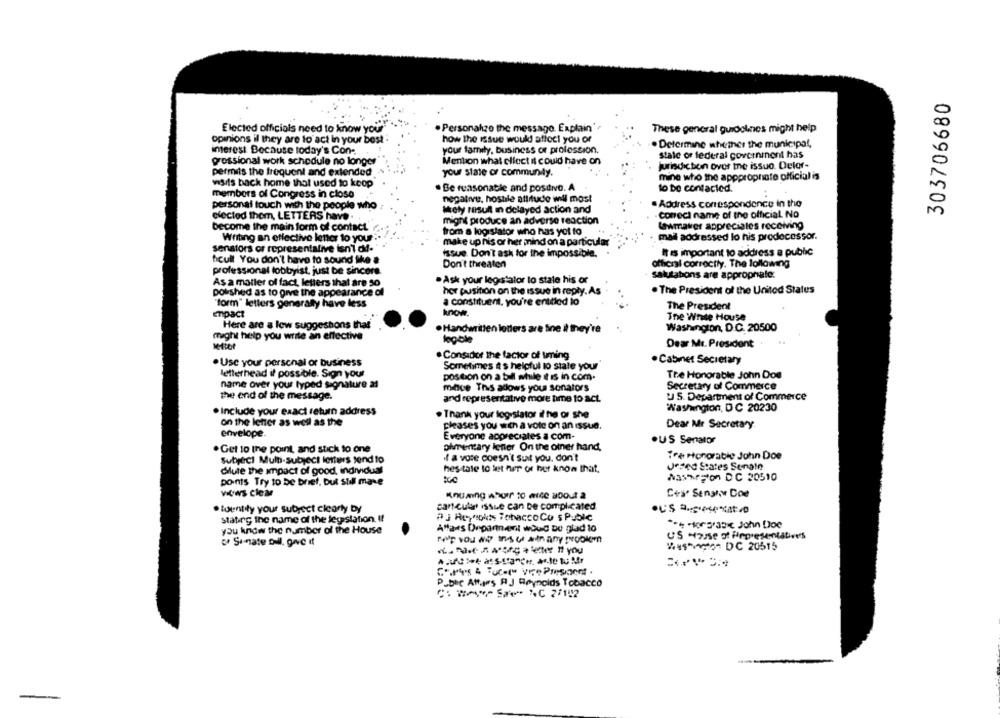
303706680
Elected officials need to know your
. Personalzo the message. Explain'
These general guidelines might help
opinions il they are to act in your best
how the issue would affoci you or
. Determine whether the municipal,
imerest Because today's Con-
your family, business or profession.
state of federal government has
grossional work schedule no longer
Mention what clfect it could have on
jurisdicton over the issue. Detor-
permits the frequent and extended
your state of community.
mine who the appprophate official is
waits back home that used to koop
.Be reasonable and postive. A
to be contacted.
members of Congress in close
negative, hostile attitude will most
personal touch with the people who
Mely rasull in delayed action and
. Address correspondence in the
elected them, LETTERS have .
Correct name of the official No
might produce an adverse reaction
become the main form of contact
lawmaker appreciates receiving
from a logislator who has yet to
mal addressed lo his prodocessor.
Writing an effective letter to your
make up his or her mind on a particular
senators or representalive isn't di-
It Is important to address a public
issue. Don't ask for the impossible.
hcull You don't have to sound the a
Don't threaten
official correctly. The lallawing
professional lobbyist, just be sincere.
. Ask your legistalor to stale his or
salutabons are appropriate.
As a matter of fact, letters that are 30
polished as to give the appearance of
her position on the issue in reply. As
. The President of the United States
a constituent. you're entilod lo
"form" letters generally have less
The President
enpact
know.
The White House
Here are a low suggestions that
.Handwritten letters are fine il they're
Washington, D.C. 20500
might help you write an effective
logble
Dear Mr. President
. Considor the factor of uming
. Use your personal or business
Sometimes A's helpful 10 stale your
. Cabinet Secretary
letterhead if possible. Sion your
postion on a bell while it is in com.
The Honorable John Doe
name over your typed signature al
mince This allows you sonators
Secretary of Commerce
the end of the message.
and representative more time to act.
u S. Department of Commerce
Washington, DC 20230
. Include your exact return address
. Thank your logistator il he or she
on the letter as well as the
pleases you with a vote on an issue.
Dear Mr Secretary
envelope.
Everyone appreciates a com-
phmentary lener On the other hand,
.US Senator
. Get to the point, and stick to one
Subject Multi-Subject letters send to
if a vote doesn't suit you. don't
Tre Honorable John Doe
Jered States Senate
dule the impact of good, individual
hesitate to let her of her know that.
points Try to be brief, but Still mane
Washington DC 30510
vityws clear
C+a Sengive Doe
. tuentity your subject clearly by
cancular issue can be complicated.
PJ Reysokts Tobacco Cu s Puble
stating the name of the legislation. Il
you know the number of the House
A"fars Department would be glad to
US -rise of Representatives
" Si-mate Dull, give it
WASVOR DC 20515
P.bac Att,pers RI J Reynolds Tobacco